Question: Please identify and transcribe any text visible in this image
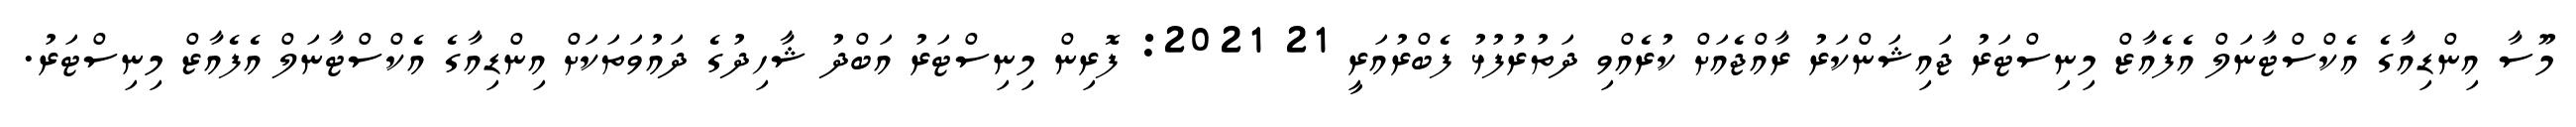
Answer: މޫސާ އިންޑިއާގެ އެކްސްޓާނަލް އެފެއާޒް މިނިސްޓަރު ޖައިޝަންކަރު ރާއްޖެއަށް ކުރެއްވި ދަތުރުފުޅު ފެބްރުއަރީ 21 2021: ފޮރިން މިނިސްޓަރު އަބްދު ޝާހިދުގެ ދައުވަތަކަށް އިންޑިއާގެ އެކްސްޓާނަލް އެފެއާޒް މިނިސްޓަރު.